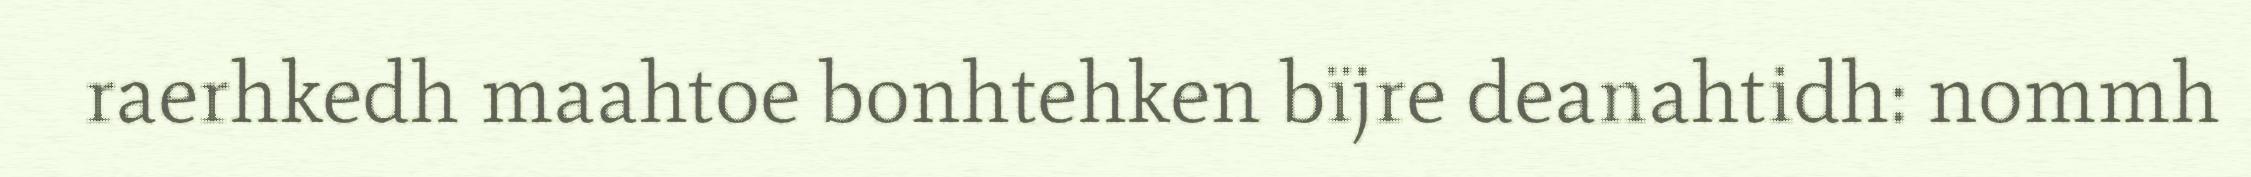
raerhkedh maahtoe bonhtehken bïjre deanahtidh: nommh